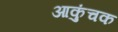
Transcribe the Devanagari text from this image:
आकुंचक